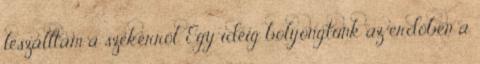
leszálltam a szekérről. Egy ideig bolyongtunk az erdőben a